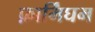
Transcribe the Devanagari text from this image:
फ़ार्मिंघम